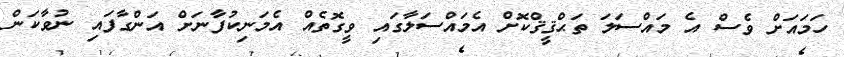
ހަމައަށް ވެސް އެ މައްސަލަ ތަޙްޤީޤްކޮށް އެމައްސަލާގައި ވީގޮތެއް އެމަނިކުފާނަށް އަންގާފައި ނުވާކަން